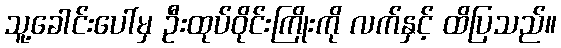
သူ့ခေါင်းပေါ်မှ ဦးထုပ်ဝိုင်းကြိုးကို လက်နှင့် ထိပြသည်။